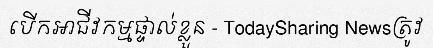
បើកអាជីវកម្មផ្ទាល់ខ្លួន - TodaySharing Newsត្រូវ